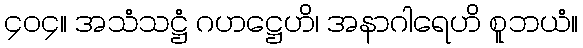
၄၀၄။ အသံသဋ္ဌံ ဂဟဋ္ဌေဟိ၊ အနာဂါရေဟိ စူဘယံ။